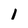
Character: 1